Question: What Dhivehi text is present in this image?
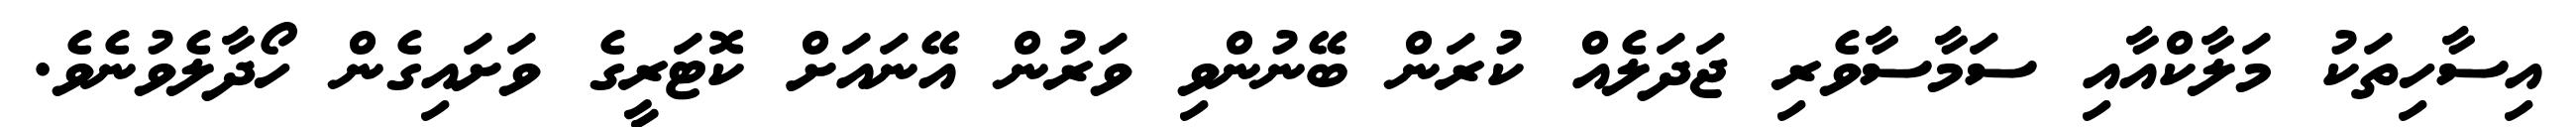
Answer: އިސާހިތަކު މަލާކްއާއި ސަމާސާވެރި ޖަދަލެއް ކުރަން ބޭނުންވި ވަރުން އޭނައަށް ކޮޓަރީގެ ވަށައިގެން ހޯދާލެވުނެވެ.